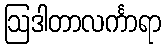
ဩဒါတာလင်္ကာရာ